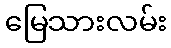
မြေသားလမ်း